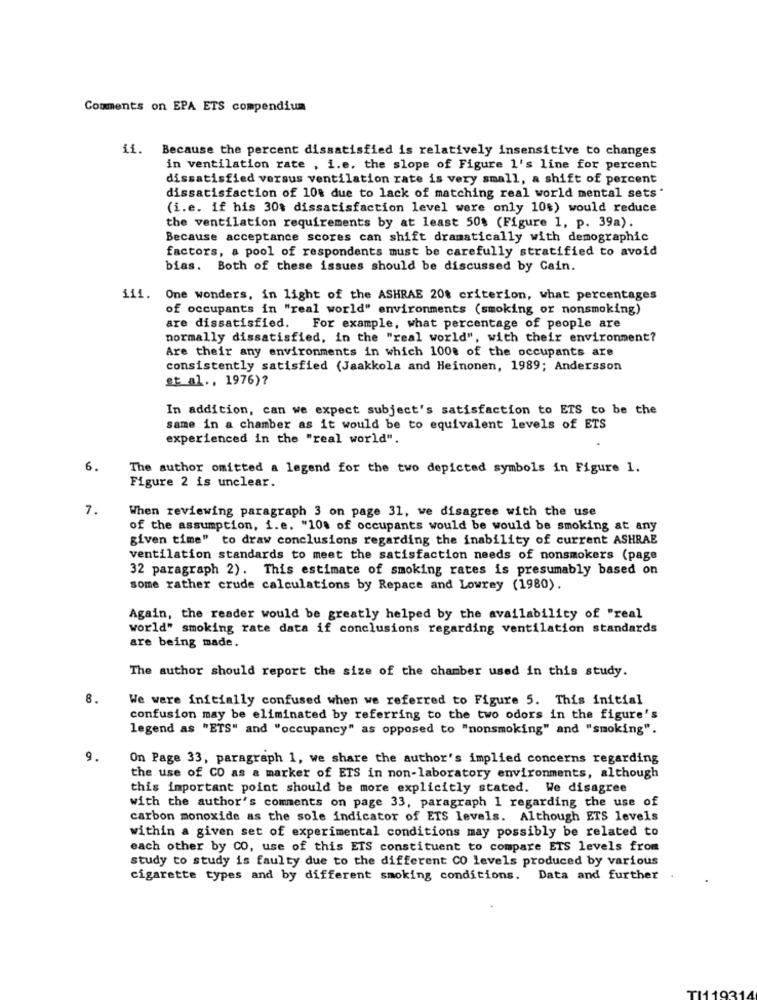
Comments on EPA ETS compendium
ii. Because the percent dissatisfied is relatively insensitive to changes
in ventilation rate , i.e. the slope of Figure 1's line for percent
dissatisfied versus ventilation rate is very small, a shift of percent
dissatisfaction of 10% due to lack of matching real world mental sets "
(i.e. if his 30% dissatisfaction level were only 10%) would reduce
the ventilation requirements by at least 50$ (Figure 1, p. 39a).
Because acceptance scores can shift dramatically with demographic
factors, a pool of respondents must be carefully stratified to avoid
bias. Both of these issues should be discussed by Cain.
111.
One wonders, in light of the ASHRAE 208 criterion, what percentages
of occupants in "real world" environments (smoking or nonsmoking)
are dissatisfied. For example, what percentage of people are
normally dissatisfied, in the "real world", with their environment?
Are their any environments in which 100% of the occupants are
consistently satisfied (Jaakkola and Heinonen, 1989; Andersson
et al ., 1976)?
In addition, can we expect subject's satisfaction to ETS to be the
same in a chamber as it would be to equivalent levels of ETS
experienced in the "real world".
6.
The author omitted a legend for the two depicted symbols in Figure 1.
Figure 2 is unclear.
7.
When reviewing paragraph 3 on page 31, we disagree with the use
of the assumption, i.e. "10% of occupants would be would be smoking at any
given time" to draw conclusions regarding the inability of current ASHRAE
ventilation standards to meet the satisfaction needs of nonsmokers (page
32 paragraph 2). This estimate of smoking rates is presumably based on
some rather crude calculations by Repace and Lowrey (1980).
Again, the reader would be greatly helped by the availability of "real
world" smoking rate data if conclusions regarding ventilation standards
are being made.
The author should report the size of the chamber used in this study.
8.
We were initially confused when we referred to Figure 5. This initial
confusion may be eliminated by referring to the two odors in the figure's
legend as "ETS" and "occupancy" as opposed to "nonsmoking" and "smoking".
9.
On Page 33, paragraph 1, we share the author's implied concerns regarding
the use of CO as a marker of ETS in non-laboratory environments, although
this important point should be more explicitly stated. We disagree
with the author's comments on page 33, paragraph 1 regarding the use of
carbon monoxide as the sole indicator of ETS levels. Although ETS levels
within a given set of experimental conditions may possibly be related to
each other by CO, use of this ETS constituent to compare ETS levels from
study to study is faulty due to the different CO levels produced by various
cigarette types and by different smoking conditions. Data and further